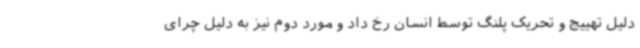
دلیل تهییج و تحریک پلنگ توسط انسان رخ داد و مورد دوم نیز به دلیل چرای